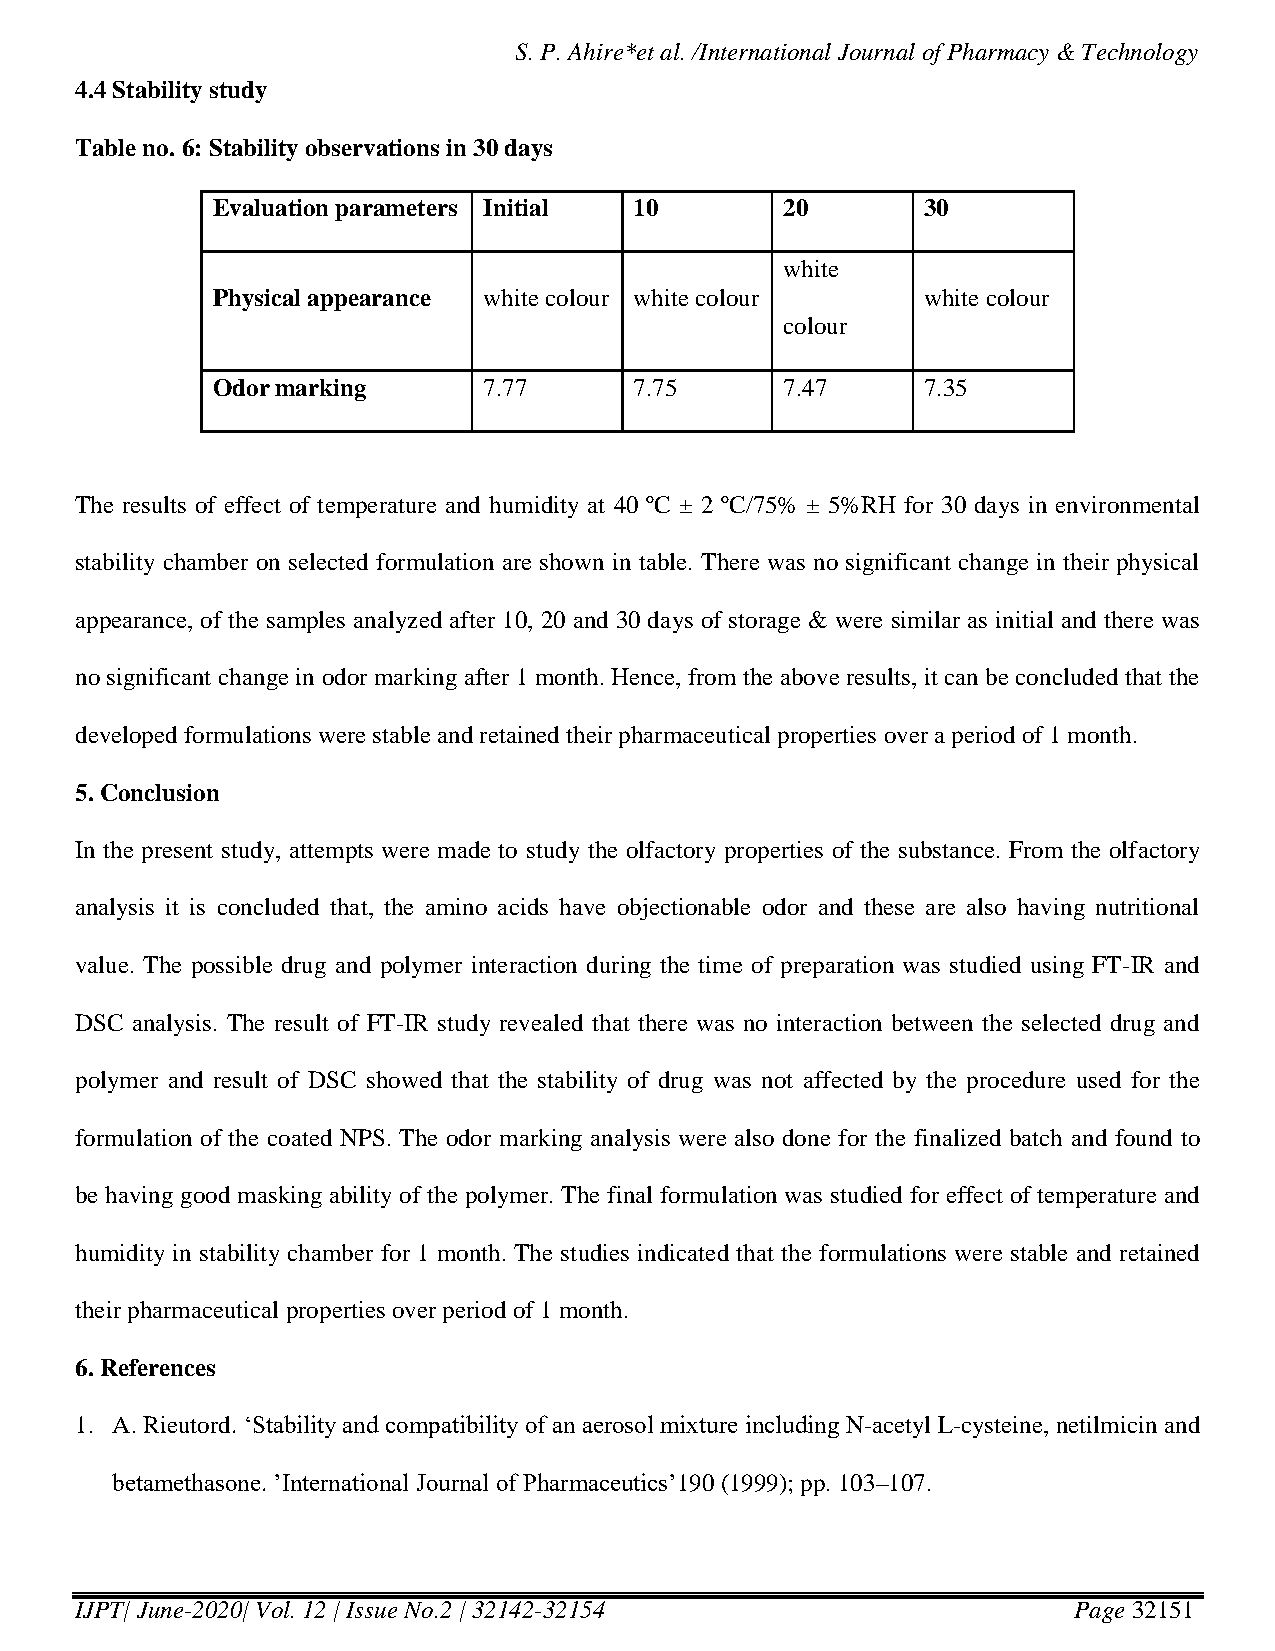
S. P. Ahire*et al. /International Journal of Pharmacy & Technology
 4.4 Stability study
 Table no. 6: Stability observations in 30 days
 Evaluation parameters Initial 10      20       30
 white
 Physical appearance white colour white colour  white colour
 colour
 Odor marking      7.77      7.75      7.47     7.35
 The results of effect of temperature and humidity at 40 ºC ± 2 ºC/75% ± 5%RH for 30 days in environmental
 stability chamber on selected formulation are shown in table. There was no significant change in their physical
 appearance, of the samples analyzed after 10, 20 and 30 days of storage & were similar as initial and there was
 no significant change in odor marking after 1 month. Hence, from the above results, it can be concluded that the
 developed formulations were stable and retained their pharmaceutical properties over a period of 1 month.
 5. Conclusion
 In the present study, attempts were made to study the olfactory properties of the substance. From the olfactory
 analysis it is concluded that, the amino acids have objectionable odor and these are also having nutritional
 value. The possible drug and polymer interaction during the time of preparation was studied using FT-IR and
 DSC analysis. The result of FT-IR study revealed that there was no interaction between the selected drug and
 polymer and result of DSC showed that the stability of drug was not affected by the procedure used for the
 formulation of the coated NPS. The odor marking analysis were also done for the finalized batch and found to
 be having good masking ability of the polymer. The final formulation was studied for effect of temperature and
 humidity in stability chamber for 1 month. The studies indicated that the formulations were stable and retained
 their pharmaceutical properties over period of 1 month.
 6. References
 1. A. Rieutord. ‘Stability and compatibility of an aerosol mixture including N-acetyl L-cysteine, netilmicin and
 betamethasone. ’International Journal of Pharmaceutics’190 (1999); pp. 103–107.
 IJPT| June-2020| Vol. 12 | Issue No.2 | 32142-32154               Page 32151